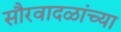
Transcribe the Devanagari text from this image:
सौरवादळांच्या